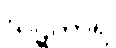
ဃဋိကာရ